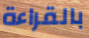
بالقراءة